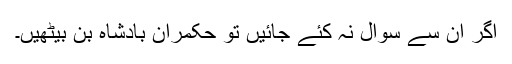
اگر ان سے سوال نہ کئے جائیں تو حکمران بادشاہ بن بیٹھیں۔